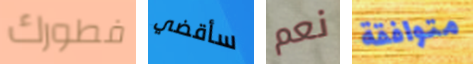
فطورك سأقضي نعم متوافقة